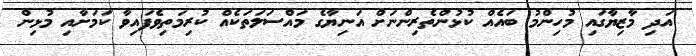
އަދި މާޒިޔާގައި މުހިންމު ބައެއް ކުޅުންތެރިންނަށް އަނިޔާގެ މައްސަލަތަކެއް ކުރިމަތިވެފައިވާ ކަމަށާއި މުޅިން